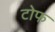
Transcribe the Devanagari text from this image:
टोफ